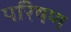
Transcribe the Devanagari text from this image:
परिषण